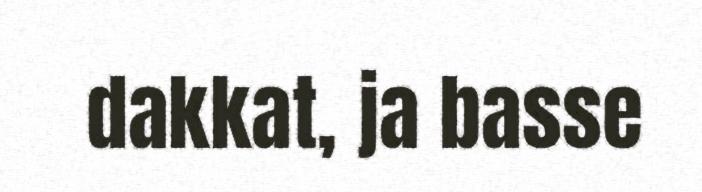
dakkat, ja basse